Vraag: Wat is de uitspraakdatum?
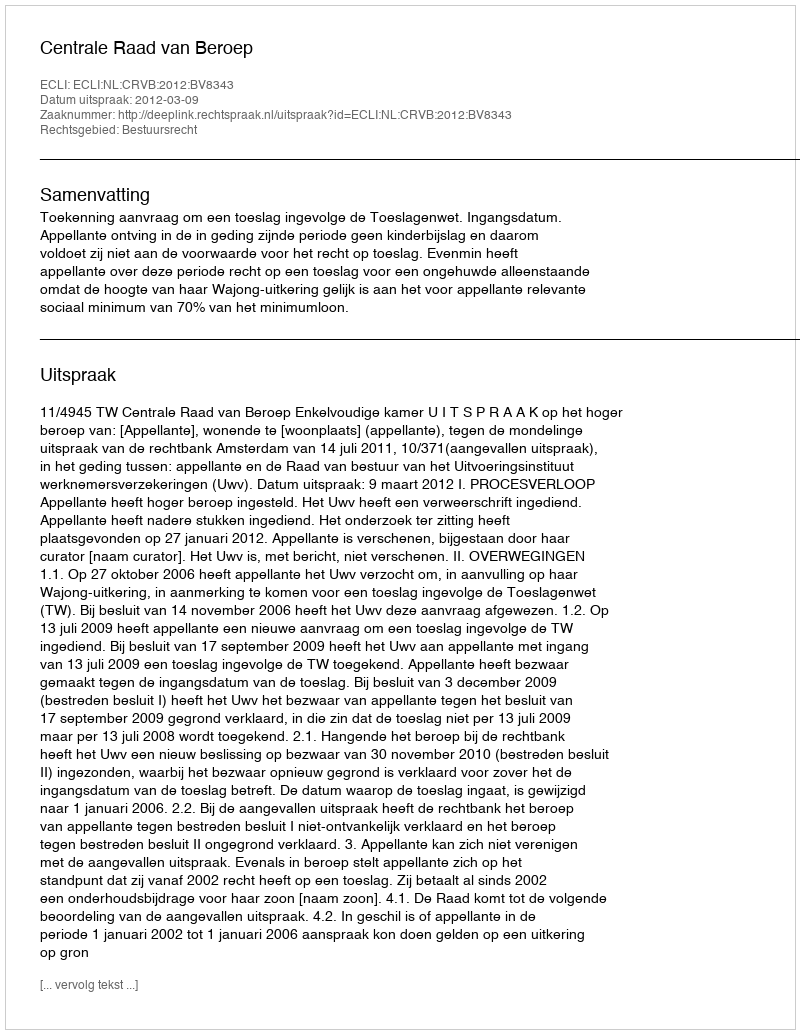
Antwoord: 2012-03-09